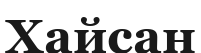
Хайсан